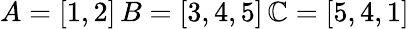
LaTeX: A=[1,2]\, B=[3,4,5]\, \mathbb{C}=[5,4,1]